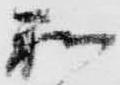
和